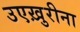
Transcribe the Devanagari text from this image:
उएख़ुरीना